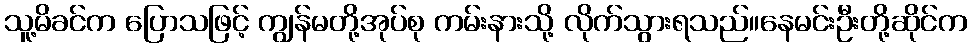
သူ့မိခင်က ပြောသဖြင့် ကျွန်မတို့အုပ်စု ကမ်းနားသို့ လိုက်သွားရသည်။နေမင်းဦးတို့ဆိုင်က